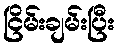
ငြိမ်းချမ်းပြီး